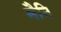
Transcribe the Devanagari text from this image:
मैनि